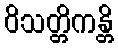
ဝိသတ္တိကန္တိ